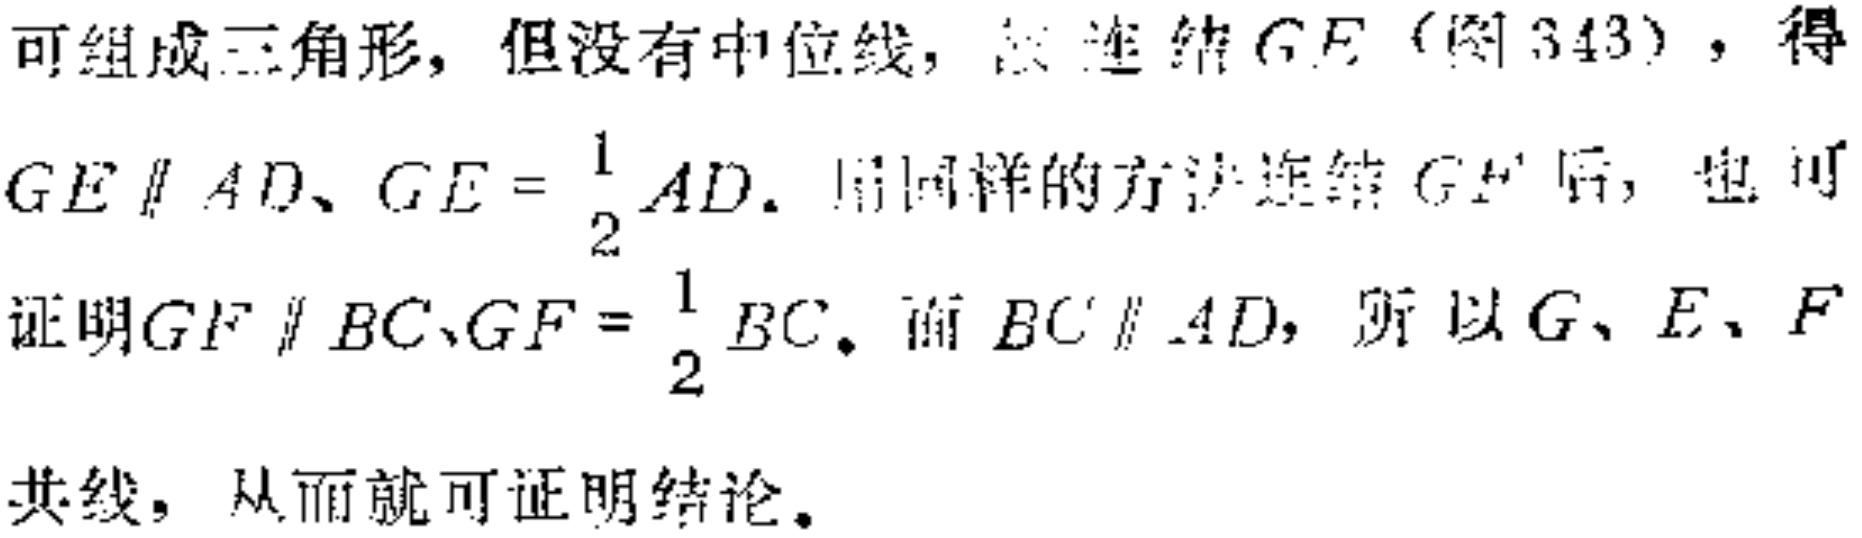
可组成三角形，但没有中位线，故连结 \(GE\)（图 343），得 \(GE\parallel AD、GE = \frac{1}{2}AD\). 用同样的方法连结 \(GF\) 后，也可证明 \(GF\parallel BC、GF = \frac{1}{2}BC\). 而 \(BC\parallel AD\)，所以 \(G、E、F\) 共线，从而就可证明结论。